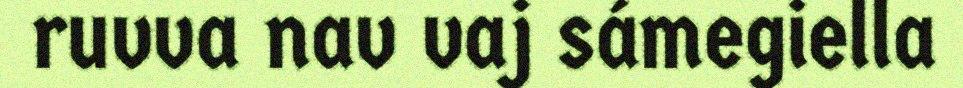
ruvva nav vaj sámegiella